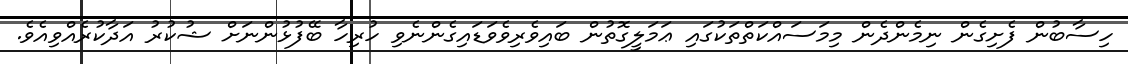
ހިސާބުން ފެށިގެން ނިމެންދެން މިމަސައްކަތްތަކުގައި ޢަމަލީގޮތުން ބައިވެރިވެވަޑައިގެންނެވި ހުރިހާ ބޭފުޅުންނަށް ޝުކުރު އަދާކުރެއްވިއެވެ.